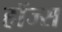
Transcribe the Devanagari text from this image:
हाॅज्स